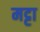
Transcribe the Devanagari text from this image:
मट्टा